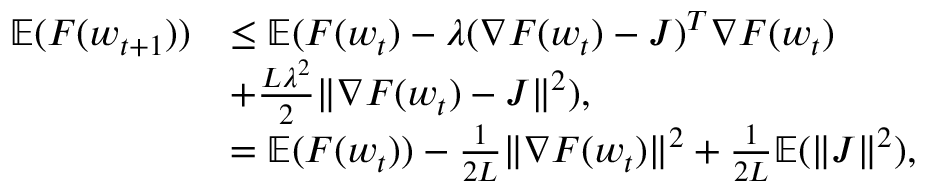
\begin{array} { r l } { \mathbb { E } ( F ( \boldsymbol { w } _ { t + 1 } ) ) } & { \le \mathbb { E } ( F ( \boldsymbol { w } _ { t } ) - \lambda ( \nabla F ( \boldsymbol { w } _ { t } ) - \boldsymbol { J } ) ^ { T } \nabla F ( \boldsymbol { w } _ { t } ) } \\ & { + \frac { L \lambda ^ { 2 } } { 2 } \| \nabla F ( \boldsymbol { w } _ { t } ) - \boldsymbol { J } \| ^ { 2 } ) , } \\ & { = \mathbb { E } ( F ( \boldsymbol { w } _ { t } ) ) - \frac { 1 } { 2 L } \| \nabla F ( \boldsymbol { w } _ { t } ) \| ^ { 2 } + \frac { 1 } { 2 L } \mathbb { E } ( \| \boldsymbol { J } \| ^ { 2 } ) , } \end{array}